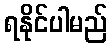
ရနိုင်ပါမည်